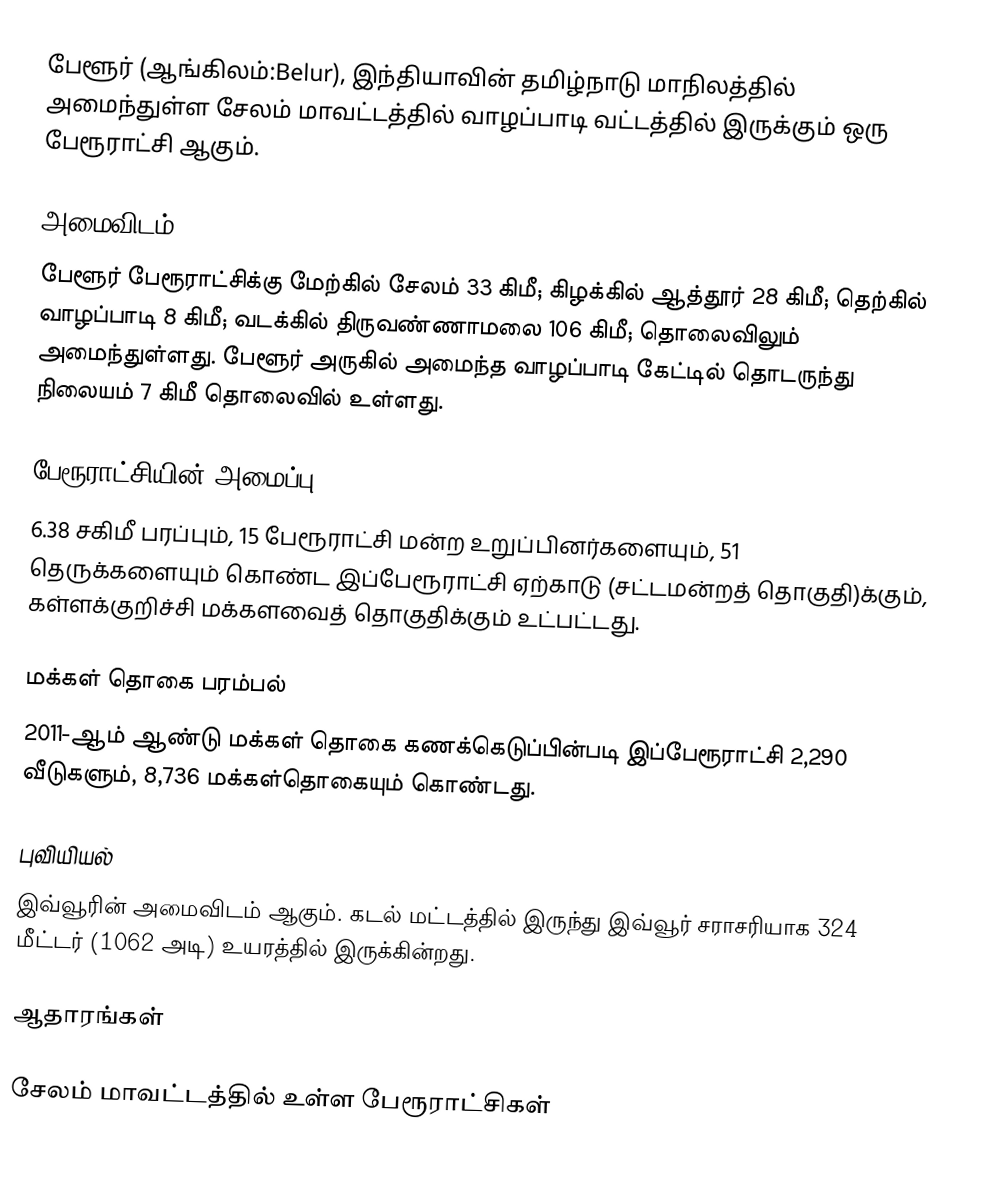
பேளூர் (ஆங்கிலம்:Belur), இந்தியாவின் தமிழ்நாடு மாநிலத்தில் அமைந்துள்ள சேலம் மாவட்டத்தில் வாழப்பாடி வட்டத்தில் இருக்கும் ஒரு பேரூராட்சி ஆகும்.

அமைவிடம்
பேளூர் பேரூராட்சிக்கு மேற்கில் சேலம் 33 கிமீ; கிழக்கில் ஆத்தூர் 28 கிமீ; தெற்கில் வாழப்பாடி 8 கிமீ; வடக்கில் திருவண்ணாமலை 106 கிமீ; தொலைவிலும் அமைந்துள்ளது. பேளூர் அருகில் அமைந்த வாழப்பாடி கேட்டில் தொடருந்து  நிலையம் 7 கிமீ தொலைவில் உள்ளது.

பேரூராட்சியின் அமைப்பு
6.38 சகிமீ பரப்பும்,  15  பேரூராட்சி மன்ற   உறுப்பினர்களையும், 51 தெருக்களையும் கொண்ட இப்பேரூராட்சி ஏற்காடு   (சட்டமன்றத் தொகுதி)க்கும், கள்ளக்குறிச்சி மக்களவைத் தொகுதிக்கும் உட்பட்டது.

மக்கள் தொகை பரம்பல்
2011-ஆம் ஆண்டு மக்கள் தொகை கணக்கெடுப்பின்படி  இப்பேரூராட்சி    2,290  வீடுகளும், 8,736 மக்கள்தொகையும் கொண்டது.

புவியியல்
இவ்வூரின் அமைவிடம்  ஆகும். கடல் மட்டத்தில் இருந்து இவ்வூர் சராசரியாக 324 மீட்டர் (1062 அடி) உயரத்தில் இருக்கின்றது.

ஆதாரங்கள்

சேலம் மாவட்டத்தில் உள்ள பேரூராட்சிகள்